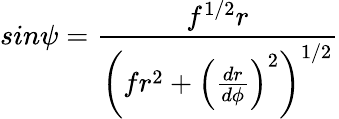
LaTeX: sin\psi=\frac{f^{1/2}r}{\left(fr^{2}+\left(\frac{dr}{d\phi}\right)^{2}\right)^{1/2}}